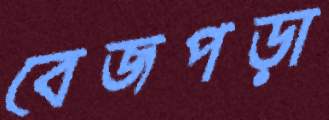
বেজপড়া